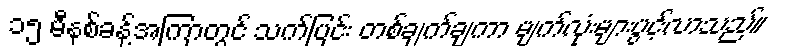
၁၅ မီနစ်ခန့်အကြာတွင် သက်ပြင်း တစ်ချက်ချကာ မျက်လုံးများပွင့်လာသည်။